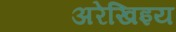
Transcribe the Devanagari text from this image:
अरेखिइय